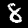
Digit: 8